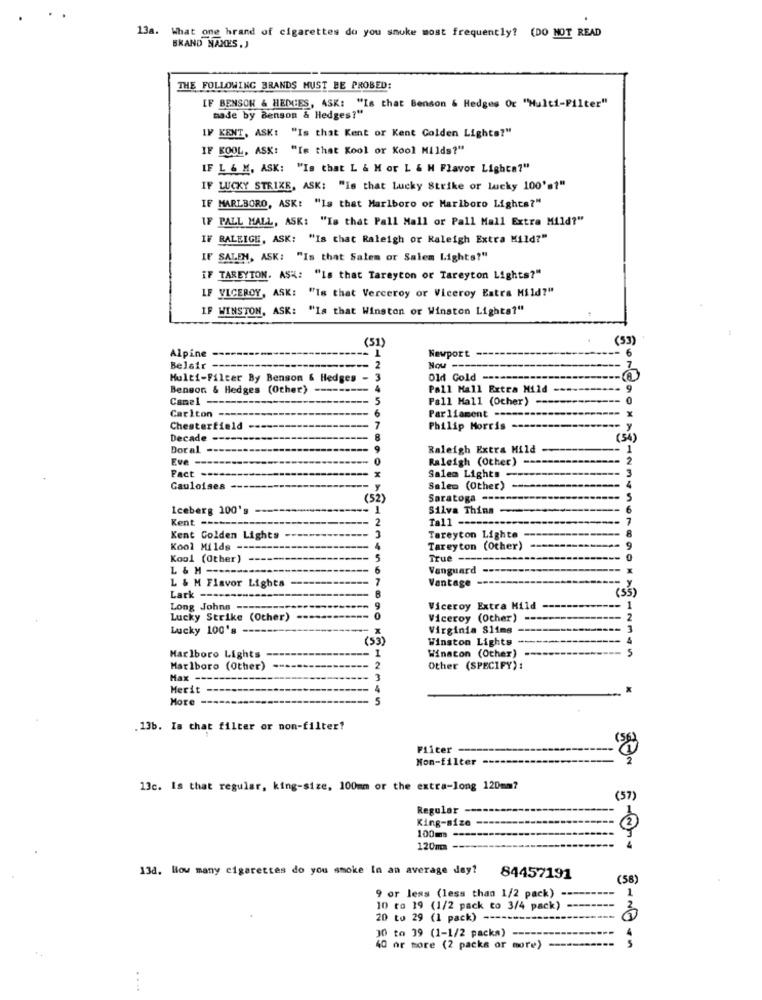
13a. What one brand of cigarettes do you smoke most frequently? (DO NOT READ
BRAND NAMES , J
THE FOLLOWING BRANDS MUST BE PROBED:
IF BENSON & HEDGES, ASK: "Is that Benson & Hedges Or "Multi-Filter"
made by Benson & Hedges?"
IF KENT, ASK: "Is that Kent or Kent Golden Lights?"
IF KOOL, ASK: "Is that Kool or Kool Milds?"
IF L & M, ASK: "Is that L & M or L & H Flavor Lights?"
IF LUCKY STRIKE, ASK: "Is that Lucky Strike or lucky 100's?"
IF MARLBORO, ASK: "Is that Marlboro or Marlboro Lights?"
IF PALL MALL, ASK: "Is that Pall Mall or Pall Mall Extra Mild?"
IF BALEIGE, ASK: "Is that Raleigh or Kaleigh Extra Mild?"
IF SALEM, ASK: "Is that Salem or Salem Lights?"
IF TAREYTON. ASK: "Is that Tareyton or Tareyton Lights?"
IF VICEROY, ASK: "Is that Verceroy or Viceroy Eatra Mild?"
IF WINSTON, ASK: "Is that Winston or Winston Lights?"
(51)
(53)
Alpine
Newport
6
Belair -
Hou
7
Multi-Filter By Benson & Hedges -
Old Gold -----
Benson & Hedges (Other)
Pall Mall Extra Mild
9
Camel -----
Pall Mall (Ocher) --
. 0
Parliament ---
X
Carlton ----
Chesterfield
Philip Morris
y
Decade -----
8
(54)
Doral ----
Raleigh Extra Mild
Eve -------
0
Raleigh (Other) ---
2
Fact
Salem Lights -----
Gauloises
Salem (Other) -----
(52)
Saratoga ----------
5
Iceberg 100's
Silva Thin-
6
Kent -----
2
Tall ---
7
Kent Golden Lights
Tareyton Lighte
8
Kool Milds
Tareyton (Other)
9
Kool (Other)
True ---
0
L & H -----
Vanguard -
Vantage
L & M Flavor Lights
Lark ----
(SS)
Long Johns --
Viceroy Extra Mild
Lucky Strike (Other)
0
Viceroy (Other)
Lucky 100's
Virginia Slims
(53)
Winston Lights ---
Marlboro Lights
Winacon (Other)
5
Marlboro (Other)
2
Other (SPECIFY) :
Max -
3
Merit
More
.13b. Is that filter or non-filter!
Filter
Mon-filter --
13c. Is that regular, king-size, 100mm or the extra-long 120mm?
(57)
Regular --
King-size
100m -----
120m
13d. How many cigarettes do you smoke In an average day?
84457191
(58)
9 or less (less than 1/2 pack)
1
10 to 19 (1/2 pack to 3/4 pack)
20 to 29 (1 pack) --------
30 to 39 (1-1/2 packa) ---
40 or more (2 packs or more)
....